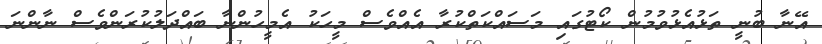
އޭނާ ބުނީ ތަޅުއެޅުވުމުން ކޯޓުގައި މަސައްކަތްކުރާ އެއްވެސް މީހަކު އެމީހުންނާ ބައްދަލުކުރަންވެސް ނާންނަ